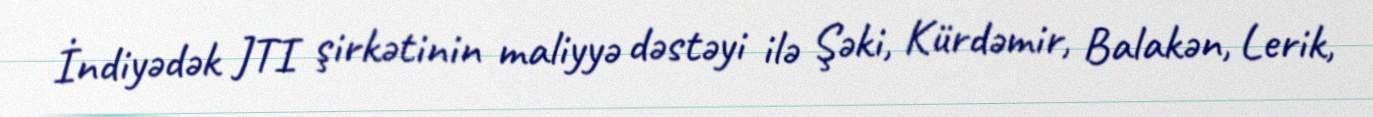
İndiyədək JTI şirkətinin maliyyə dəstəyi ilə Şəki, Kürdəmir, Balakən, Lerik,